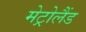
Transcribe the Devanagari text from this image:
मेट्रोलैंड